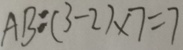
A B : ( 3 - 2 ) \times 7 = 7